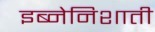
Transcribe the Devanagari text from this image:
इब्नेनिशाती